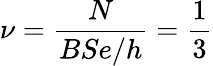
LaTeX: \nu=\frac{N}{BSe/h}=\frac{1}{3}